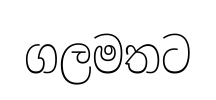
ගලමතට